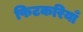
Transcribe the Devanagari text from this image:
फिटकरियाँ